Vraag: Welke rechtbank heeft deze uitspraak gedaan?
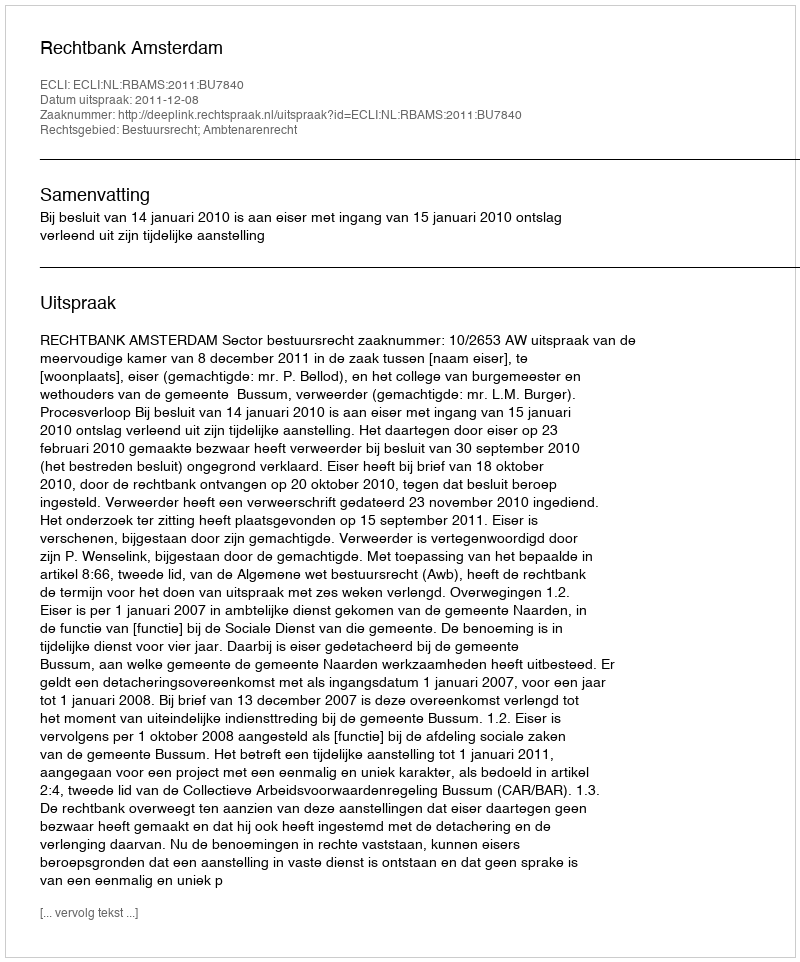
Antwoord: Rechtbank Amsterdam